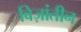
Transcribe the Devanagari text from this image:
बिज़ांतीन